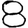
Digit: 8